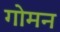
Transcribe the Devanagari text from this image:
गोमन